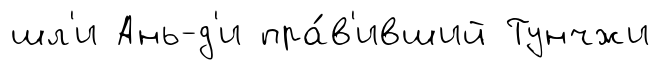
шл'и Ань-д'и пра́в'ивший Тунчжи